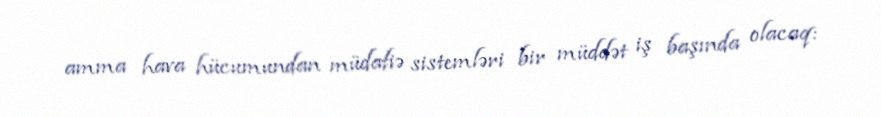
amma hava hücumundan müdafiə sistemləri bir müddət iş başında olacaq: